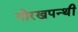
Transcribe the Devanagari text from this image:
गोरखपन्थी